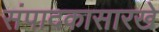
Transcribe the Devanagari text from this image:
संपादकासारखे